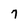
Character: 7